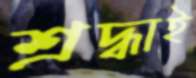
শ্রদ্ধাই